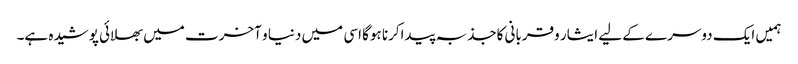
ہمیں ایک دوسرے کے لیے ایثار وقربانی کاجذبہ پیداکرنا ہوگا اسی میں دنیا و آخرت میں بھلائی پوشیدہ ہے۔